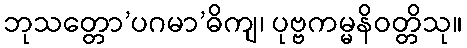
ဘုသတ္တော’ပဂမာ’ဓိကျ၊ ပုဗ္ဗကမ္မနိဝတ္တိသု။